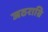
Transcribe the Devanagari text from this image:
जठराग्रि